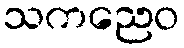
သကညေဝ